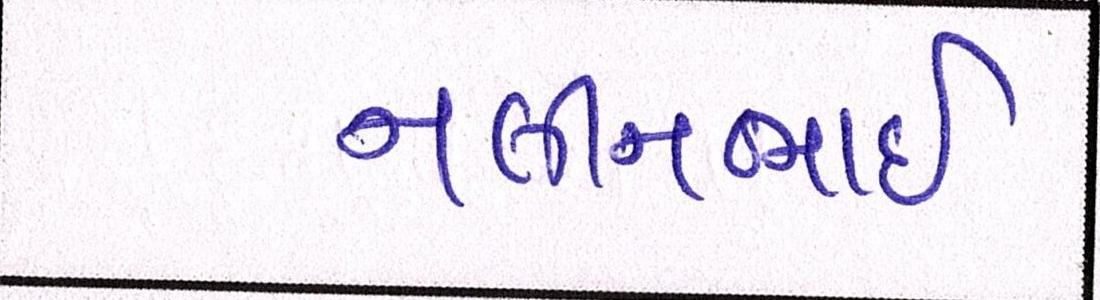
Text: નલીનભાઈ